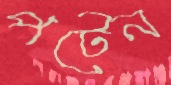
পটেন